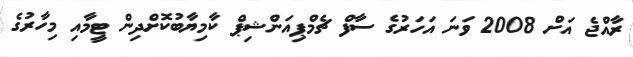
ރާއްޖެ އަށް 2008 ވަނަ އަހަރުގެ ސާފް ޗެމްޕިއަންޝިޕް ކާމިޔާބުކޮށްދިން ޓީމާއި މިހާރުގެ